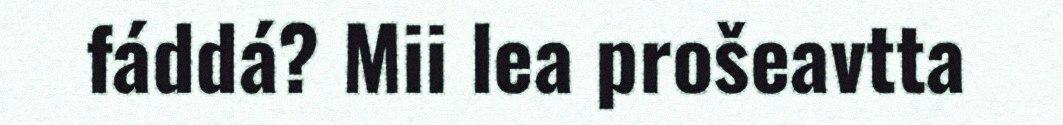
fáddá? Mii lea prošeavtta